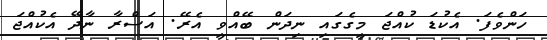
ހަންވެފަ. އެކުޑަ ކުއްޖަ މީގެގައި ނިދަން ބޭއްވީ އެރޭ. އަސްރާ ނާދޭ އެކުއްޖަ